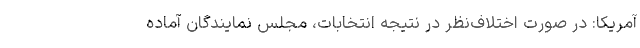
آمریکا: در صورت اختلاف‌نظر در نتیجه انتخابات، مجلس نمایندگان آماده